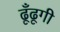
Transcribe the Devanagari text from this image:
ढूँढूगी